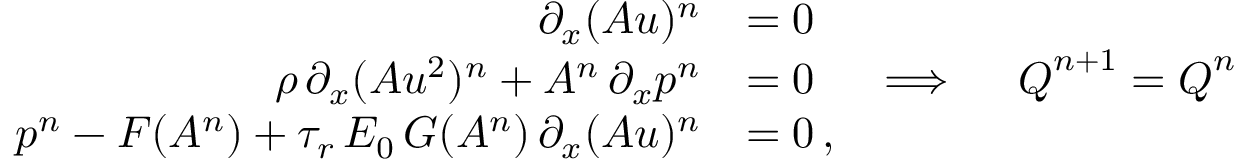
\begin{array} { r l } { \partial _ { x } ( A u ) ^ { n } } & { = 0 } \\ { \rho \, \partial _ { x } ( A u ^ { 2 } ) ^ { n } + A ^ { n } \, \partial _ { x } p ^ { n } } & { = 0 \quad \implies \quad \boldsymbol { Q } ^ { n + 1 } = \boldsymbol { Q } ^ { n } } \\ { p ^ { n } - F ( A ^ { n } ) + \tau _ { r } \, E _ { 0 } \, G ( A ^ { n } ) \, \partial _ { x } ( A u ) ^ { n } } & { = 0 \, , } \end{array}